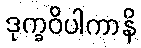
ဒုက္ခဝိပါကာနိ